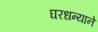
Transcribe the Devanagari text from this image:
घरधन्याने